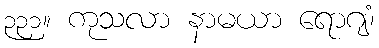
၃၃၁။ ကုသလာ နာမယာ ရောဂျံ၊